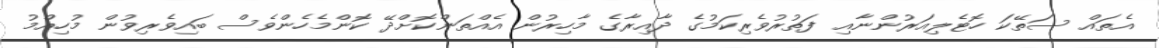
އެތައް ސަތޭކަ ހޮޓެލިއަރުންނާއި ފަތުރުވެރިކަމުގެ ދާއިރާގެ މާހިރުން އެއްތަންކޮށްދޭ ކޮންމެހެންވެސް ބައިވެރިވުން މުހިއްމު